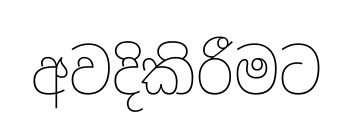
අවදිකිරීමට